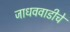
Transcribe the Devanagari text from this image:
जाधववाडीचे